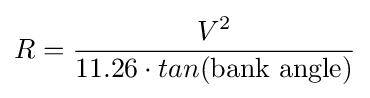
R={\frac {V^{2}}{11.26\cdot tan({\text{bank angle}})}}